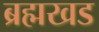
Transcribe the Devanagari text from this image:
ब्रह्मखड